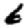
Digit: 6